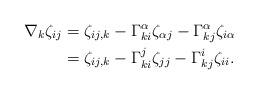
LaTeX: \begin{align*}\nabla_k\zeta_{ij} &= \zeta_{ij,k}-\Gamma^{\alpha}_{ki}\zeta_{\alpha j}-\Gamma^{\alpha}_{kj}\zeta_{i\alpha}\\&= \zeta_{ij,k}-\Gamma^j_{ki}\zeta_{jj}-\Gamma^i_{kj}\zeta_{ii}.\end{align*}